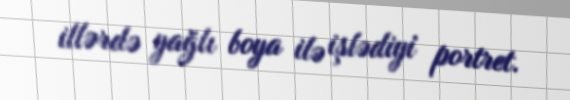
illərdə yağlı boya ilə işlədiyi portret.